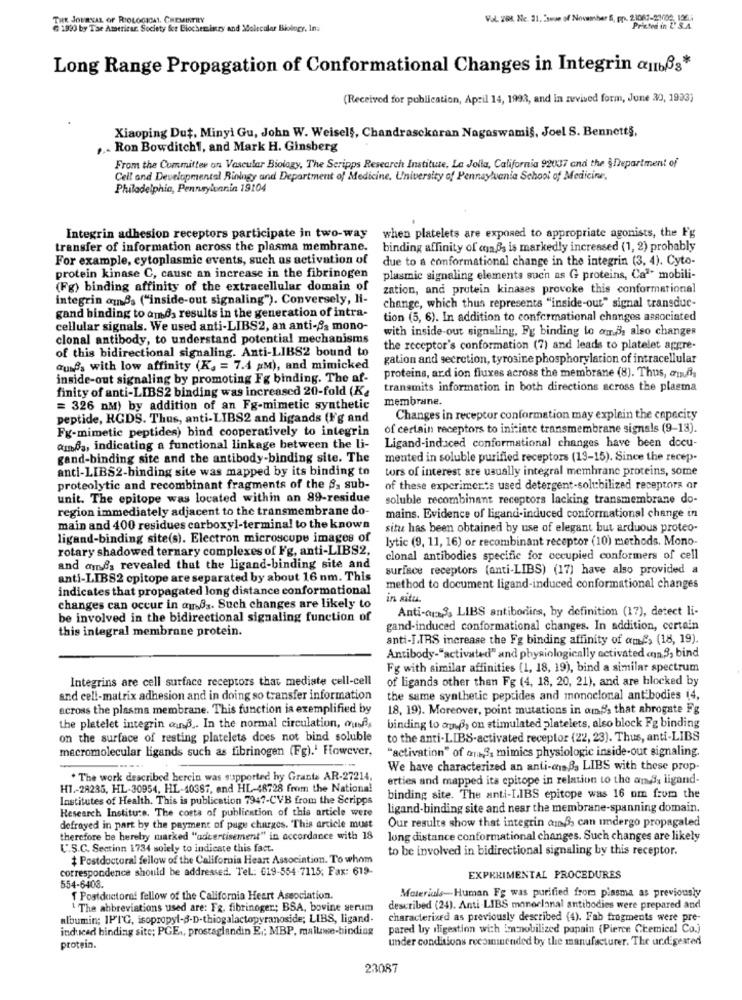
THE JOURNAL OF RIOLOGICAL, CHEMISTRY
Vol. 201. Ne. 31, swse of November 5, pp. 2.1063-20006, 1964
1990 by Tae Americar. Society for Biochemistry and Molecular Biology, Ina
Long Range Propagation of Conformational Changes in Integrin (IIbß3*
(Received for publication, April 14, 1993, and in revived form, June 30, 1993)
Xiaoping Dut, Minyi Gu, John W. Weiself, Chandrasckaran Nagoswami§, Joel S. Bennett§,
Ron Bowditch1, and Mark H. Ginsberg
From the Committee on Vascular Biology, The Scripps Research Institute, La Jolla, California 92037 and the §Department of
Cell and Developmental Biology and Department of Medicine, University of Pennaylvania School of Medicine,
Philadelphia, Pennsylvania 19104
Integrin adhesion receptors participate in two-way
when platelets are exposed to appropriate agonists, the Fg
transfer of information across the plasma membrane.
binding affinity of con Ds is markedly increased (1, 2) probably
For example, cytoplasmic events, such as activation of
due to a conformational change in the integrin (3, 4). Cyto-
protein kinase C, cause an increase in the fibrinogen
plasmic signaling elements such as G proteins, Ca"" mobili-
(Fg) binding affinity of the extracellular domain of
zation, and protein kinases provoke this conformational
integrin amBs ("inside-out signaling"). Conversely, li-
change, which thus represents "inside-out" signal transduc-
gand binding to amds results in the generation of intra-
tion (5, 6). In addition to conformational changes associated
cellular signals. We used anti-LIBS2, an anti-As mono-
with inside-out signaling, Fy binding to our. also changes
clonal antibody, to understand potential mechanisms
of this bidirectional signaling. Anti-LIBS2 bound to
the receptor's conformation (7) and leads to platelet aggre-
gation and secretion, tyrosine phosphorylation of intracellular
auses with low affinity (K. = 7.4 aM), and mimicked
inside-out signaling by promoting Fg binding. The af-
proteins, ard ion fluxes across the membrane (8). Thus, auf
finity of anti-LIBS2 binding was increased 20-fold (K.
transmits information in both directions across the plasma
membrane.
= 326 nM) by addition of an Fg-mimetic synthetic
peptide, RGDS. Thus, anti-LIBS2 and ligands (F'g and
Changes in receptor conformation may explain the capacity
Fg-mimetic peptides) bind cooperatively to integrin
of certain receptors to initiate transmembrane signals (9-13).
amfs, indicating a functional linkage between the li-
Ligand-induced conformational changes have been docu-
gand-binding site and the antibody-binding site. The
meuted in soluble purified receptors (13-15). Since the recep-
anti-LIBS2-binding site was mapped by its binding to
tors of interest are usually integral membrane proteins, some
proteolytic and recombinant fragments of the S, sub-
of these experiments used detergent-solubilized receptors or
unit. The epitope was located within an 89-residue
soluble recombinant receptors lacking transmembrane do-
region immediately adjacent to the transmembrane do-
mains. Evidence of ligand-induced conformational change in
main and 400 residues carboxyl-terminal to the known
situ has been obtained by use of elegant but arduous proteo-
ligand-binding site(s). Electron microscope images of
lytic (9, 11, 16) or recombinant receptor (10) methods. Mono-
rotary shadowed ternary complexes of Fg, anti-LIBS2,
clonal antibodies specific for occupied conformers of cell
and amnes revealed that the ligand-binding site and
surface receptors (anti-LIBS) (17) have also provided a
anti-LIBS2 cpitope are separated by about 16 nm. This
indicates that propagated long distance conformational
method to document ligand-induced conformational changes
in situ.
changes can occur in au.83. Such changes are likely to
Anti-crx3, LIBS antibodies, by definition (17), detect li-
be involved in the bidirectional signaling function of
this integral membrane protein.
gand-induced conformational changes. In addition, certain
anti-LIRS increase the Fg binding affinity of ames (18, 19).
Antibody-"activated" and physiologically activated cnn.3, bind
Fg with similar affinities (1, 18, 19), bind a similar spectrum
Integrins are cell surface receptors that mediate cell-cell
of ligands other than Fg (4, 18, 20, 21), and are blocked by
and cell-matrix adhesion and in doing so transfer information
the same synthetic peptides and monoclonal antibodies (4,
across the plasma membrane. This function ia exemplified by
18, 19). Moreover, point mutations in amp; that abrogate Fg
the platelet integrin ond .. In the normal circulation, quRs
binding to app, on stimulated platelets, also block Fg binding
on the surface of resting platelets does not bind soluble
to the anti-LIBS-activated receptor (22, 23). Thus, anti-LIBS
macromolecular ligands such as fibrinogen (Fg). However,
"activation" of one ,, mimics physiologic inside-out signaling.
We have characterized an anti-onsBs LIBS with these prop-
. The work described herein was supported hy Grants AR-27214,
erties and mapped ita epitope in relation to the am,S, ligand-
H1 .- 28235, HL-30954, HL-40387, and HL-48728 from the National
Institutes of Health. This is publication 7947-CVB from the Scripps
binding site. The anti-LIBS epitope was 16 om from the
Research Institute. The costs of publication of this article were
ligand-binding site and near the membrane-spanning domain.
Our results show that integrin amß, can undergo propagated
defrayed in part by the payment of page charges. This article must
therefore be hereby marked "advertisement" in accordance with 18
long distance conformational changes. Such changes are likely
U.S.C. Sectinn 1734 solely to indicate this fact.
to be involved in bidirectional signaling by this receptor.
Postdoctoral fellow of the California Heart Association. To whom
correspondence should be addressed. Tel: 619-554 7115; Fax: 619-
EXPERIMENTAL PROCEDURES
554-6403.
Materials-Human Fg was purified from plasma as previously
Postdoctoral fellow of the California Heart Association.
1 The abbreviations used are: Fx. fibrinoger; BSA, bovine serum
described (24). Anti LIBS monoclanal antibodies were prepared and
albumin; IPIG, isopropyl-3-D-thiogalactopyranoside; LIBS, ligand.
characterized as previously described (4). Fab fragments were pre-
ind seed binding site; PGE ., prostaglandin E .; MBP, mallowse-binding
pared ly digestion with Immobilized papain (Pierce Chemical Co.)
under conditions recommended by the manufacturer. The urdigested
protein.
23087